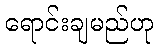
ရောင်းချမည်ဟု